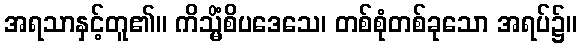
အရသာနှင့်တူ၏။ ကိသ္မိံစိပဒေသေ၊ တစ်စုံတစ်ခုသော အရပ်၌။